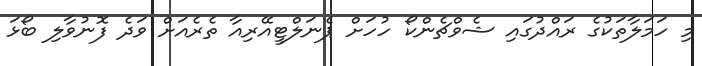
މި ހަމަލާތަކުގެ ރައްދުގައި ޝެވްޗެންކޯ ހުހަށް ޕެނަލްޓީއޭރިއާ ތެރެއަށް ވަދެ ފޮނުވާލި ބޯޅަ